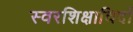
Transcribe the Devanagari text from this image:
स्वरशिक्षाविदों